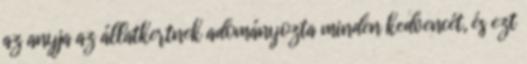
az anyja az állatkertnek adományozta minden kedvencét, és ezt